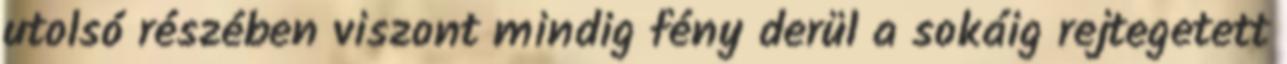
utolsó részében viszont mindig fény derül a sokáig rejtegetett